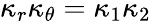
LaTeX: \kappa_{r}\kappa_{\theta}=\kappa_{1}\kappa_{2}